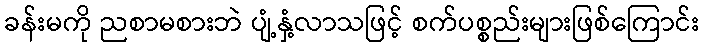
ခန်းမကို ညစာမစားဘဲ ပျံ့နှံ့လာသဖြင့် စက်ပစ္စည်းများဖြစ်ကြောင်း